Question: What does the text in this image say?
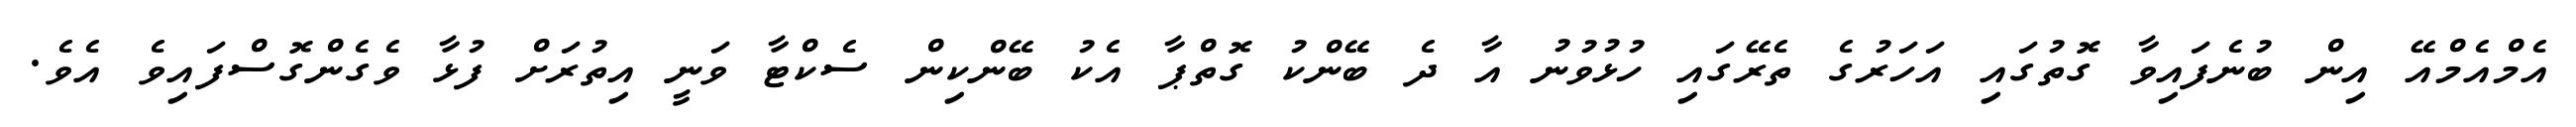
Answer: އެމްއެމްއޭ އިން ބުނެފައިވާ ގޮތުގައި އަހަރުގެ ތެރޭގައި ހުޅުވުނު އާ ދެ ބޭންކު ގޮތްޕާ އެކު ބޭންކިން ސެކްޓާ ވަނީ އިތުރަށް ފުޅާ ވެގެންގޮސްފައިވެ އެވެ.